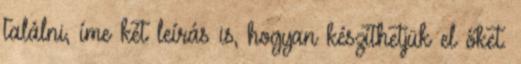
találni, íme két leírás is, hogyan készíthetjük el őket.